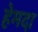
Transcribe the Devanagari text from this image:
हेमदा